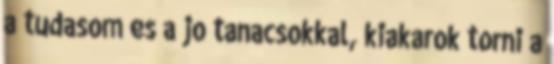
a tudasom es a jo tanacsokkal, kiakarok torni a